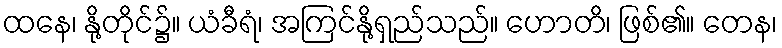
ထနေ၊ နို့တိုင်၌။ ယံခီရံ၊ အကြင်နို့ရှည်သည်။ ဟောတိ၊ ဖြစ်၏။ တေန၊